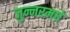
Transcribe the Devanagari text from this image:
जुन्नरमधे